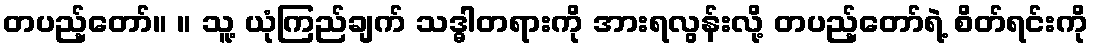
တပည့်တော်။ ။ သူ့ ယုံကြည်ချက် သဒ္ဓါတရားကို အားရလွန်းလို့ တပည့်တော်ရဲ့ စိတ်ရင်းကို